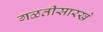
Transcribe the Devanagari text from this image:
गळतीसारखे